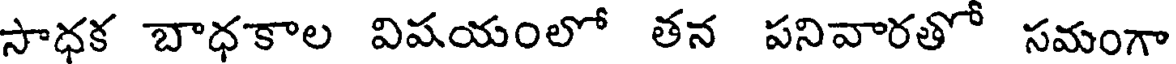
సాధక బాధకాల విషయంలో తన పనివారతో సమంగా